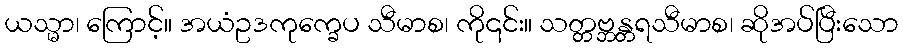
ယသ္မာ၊ ကြောင့်။ အယံဥဒကုက္ခေပ သီမာစ၊ ကို၎င်း။ သတ္တဗ္ဘန္တရသီမာစ၊ ဆိုအပ်ပြီးသော